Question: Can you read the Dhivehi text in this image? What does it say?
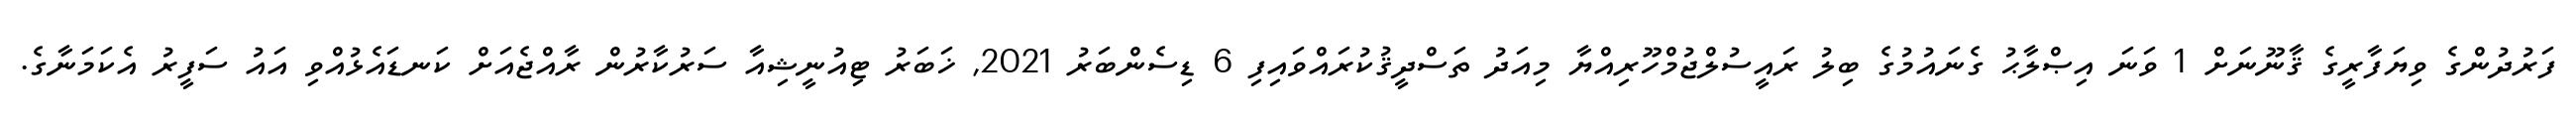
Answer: ފަރުދުންގެ ވިޔަފާރީގެ ޤާނޫނަށް 1 ވަނަ އިޞްލާޙު ގެނައުމުގެ ބިލު ރައީސުލްޖުމްހޫރިއްޔާ މިއަދު ތަސްދީޤުކުރައްވައިފި 6 ޑިސެންބަރު 2021, ޚަބަރު ޓިއުނީޝިއާ ސަރުކާރުން ރާއްޖެއަށް ކަނޑައެޅުއްވި އައު ސަފީރު އެކަމަނާގެ.